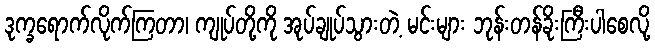
ဒုက္ခရောက်လိုက်ကြတာ၊ ကျုပ်တို့ကို အုပ်ချုပ်သွားတဲ့ မင်းများ ဘုန်းတန်ခိုးကြီးပါစေလို့